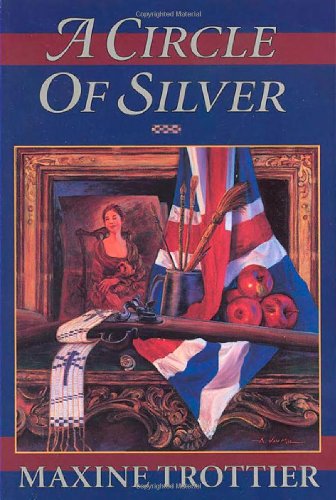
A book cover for A Circle of Silver (The Circle of Silver Chronicles); Maxine Trottier; Teen & Young Adult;